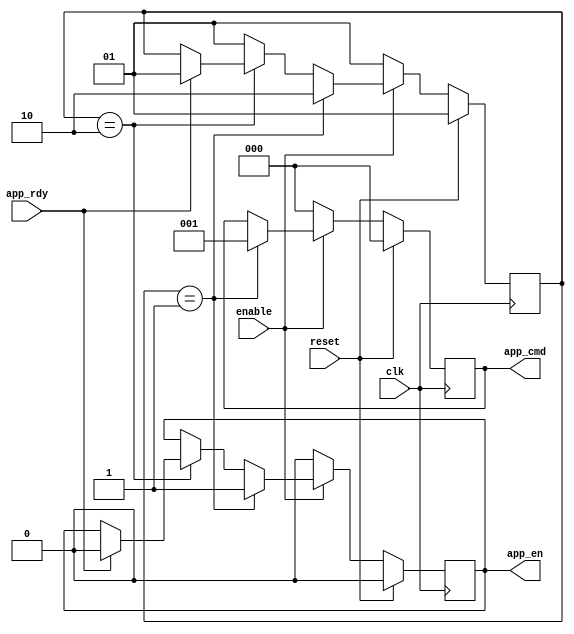
`timescale 1ns / 1ps
module ddr2_read_control(
    input clk,
    input reset,
    input enable,
    //ddr2 signals    
    input app_rdy,
    output reg app_en,
    output reg [2:0] app_cmd
    );

    parameter idle = 2'b01;
    parameter read = 2'b10;

    reg [1:0] state;

    always @(posedge clk)
    begin
        if(reset) 
        begin
            app_en <= 0;
            app_cmd <= 0;
            state <= idle;
        end
        else if(enable) 
        begin
            if(state==idle)
            begin
                app_en <= 1;
                app_cmd <= 3'b001;
                state <= read;
            end
            else if(state==read)
            begin
                if(app_rdy) 
                begin
                    app_en <= 0;
                    state <= idle;
                end
            end
            else
            begin
                state <= idle;
            end
        end 
        else 
        begin
            app_en <= 0;
            app_cmd <= 0;
            state <= idle;
        end 
    end

endmodule